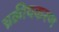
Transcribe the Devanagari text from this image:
च्रक्रीयकरण